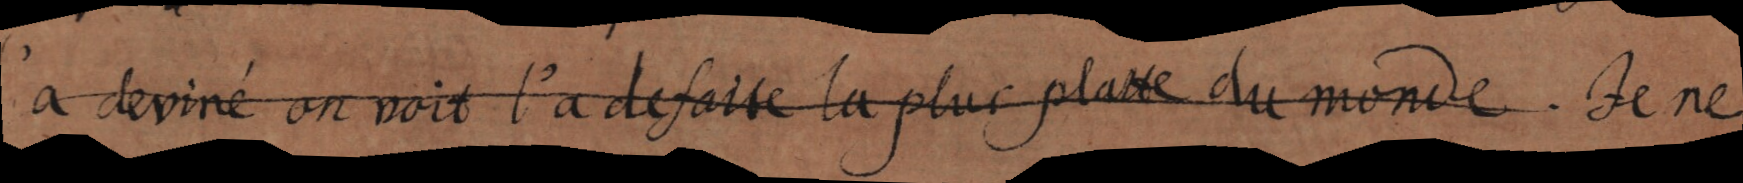
l’a deviné on voit l’a defaite la plus platte du monde. Je ne